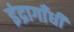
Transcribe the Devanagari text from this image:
इंद्रागाँधी